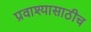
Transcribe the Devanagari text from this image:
प्रवाश्यासाठीच